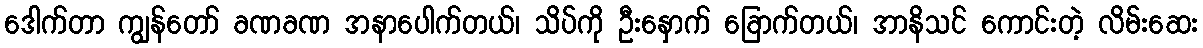
ဒေါက်တာ ကျွန်တော် ခဏခဏ အနာပေါက်တယ်၊ သိပ်ကို ဦးနှောက် ခြောက်တယ်၊ အာနိသင် ကောင်းတဲ့ လိမ်းဆေး